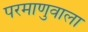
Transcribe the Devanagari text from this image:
परमाणुवाला